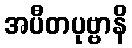
အပီတပုဗ္ဗာနိ